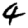
Digit: 4